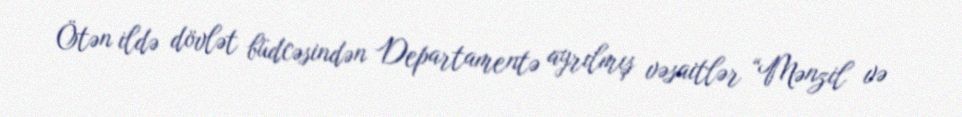
Ötən ildə dövlət büdcəsindən Departamentə ayrılmış vəsaitlər “Mənzil və